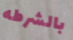
بالشرطه